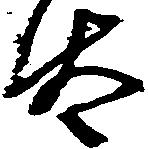
汰